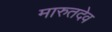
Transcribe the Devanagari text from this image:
मारुतदेव